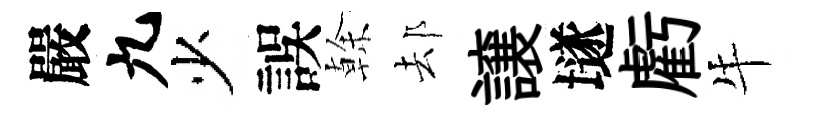
嚴九少誤𠏉𨚫譲𡑞虧牛